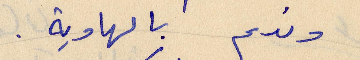
وندم الهاوية